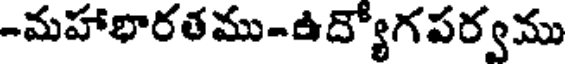
-మహాభారతము-ఉద్యోగపర్వము